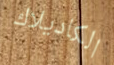
الكاديلاك